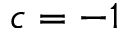
c = - 1